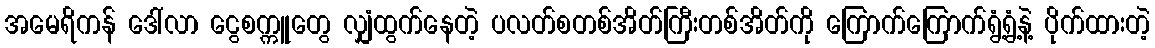
အမေရိကန် ဒေါ်လာ ငွေစက္ကူတွေ လျှံထွက်နေတဲ့ ပလတ်စတစ်အိတ်ကြီးတစ်အိတ်ကို ကြောက်ကြောက်ရွံ့ရွံ့နဲ့ ပိုက်ထားတဲ့